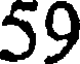
59